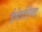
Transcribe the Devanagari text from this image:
ईषोपनिषद